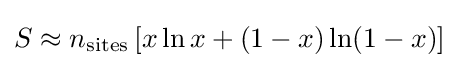
S\approx n_{\text{sites}}\left[x\ln x+(1-x)\ln(1-x)\right]